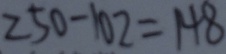
2 5 0 - 1 0 2 = 1 4 8